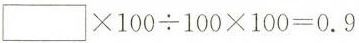
\Box\times100\div100\times100=0.9